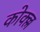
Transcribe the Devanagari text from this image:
कोक्ल्ल